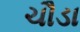
ચૌડા